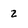
Character: 2